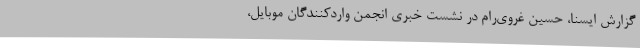
گزارش ایسنا، حسین غروی‌رام در نشست خبری انجمن واردکنندگان موبایل،